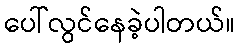
ပေါ်လွင်နေခဲ့ပါတယ်။